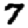
Digit: 7